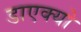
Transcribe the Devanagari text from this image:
डाएक्यो